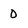
Character: D